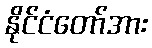
နိုင်ငံတော်အား